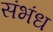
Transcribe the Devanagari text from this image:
संभंध